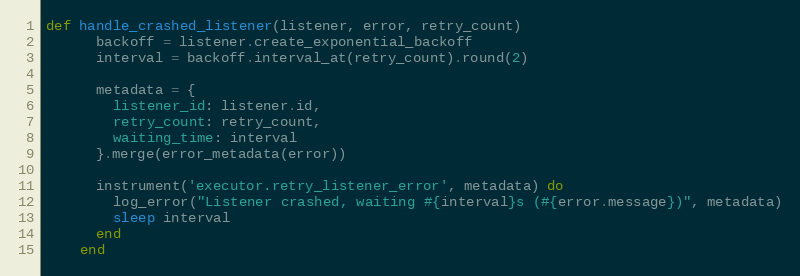
Language: Ruby
def handle_crashed_listener(listener, error, retry_count)
      backoff = listener.create_exponential_backoff
      interval = backoff.interval_at(retry_count).round(2)

      metadata = {
        listener_id: listener.id,
        retry_count: retry_count,
        waiting_time: interval
      }.merge(error_metadata(error))

      instrument('executor.retry_listener_error', metadata) do
        log_error("Listener crashed, waiting #{interval}s (#{error.message})", metadata)
        sleep interval
      end
    end